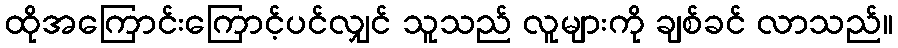
ထိုအကြောင်းကြောင့်ပင်လျှင် သူသည် လူများကို ချစ်ခင် လာသည်။